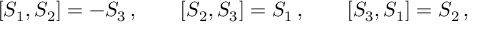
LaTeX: [ S _ { 1 } , S _ { 2 } ] = - S _ { 3 } \, , \qquad [ S _ { 2 } , S _ { 3 } ] = S _ { 1 } \, , \qquad [ S _ { 3 } , S _ { 1 } ] = S _ { 2 } \, ,